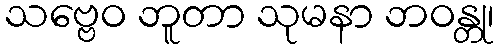
သဗ္ဗေဝ ဘူတာ သုမနာ ဘဝန္တု၊